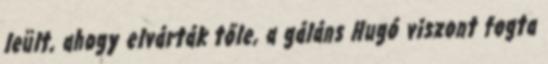
leült, ahogy elvárták tőle, a gáláns Hugó viszont fogta